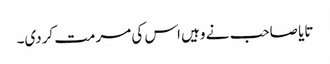
تایا صاحب نے وہیں اس کی مرمت کردی۔